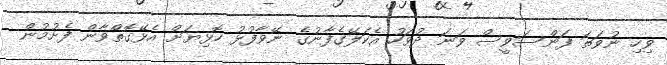
ވިހި ނުވަތަ ފަންސަވީސް ވަނަ ދުވަހު އެކަލޭގެފާނުގެ ނޭވާފުޅު ހޮޅިޔަށް އެޅޭގޮތްވާން ފެށުމުން